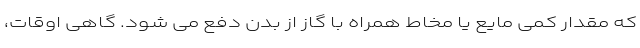
که مقدار کمی مایع یا مخاط همراه با گاز از بدن دفع می شود. گاهی اوقات،